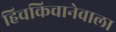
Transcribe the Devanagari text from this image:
हिचकिचानेवाला